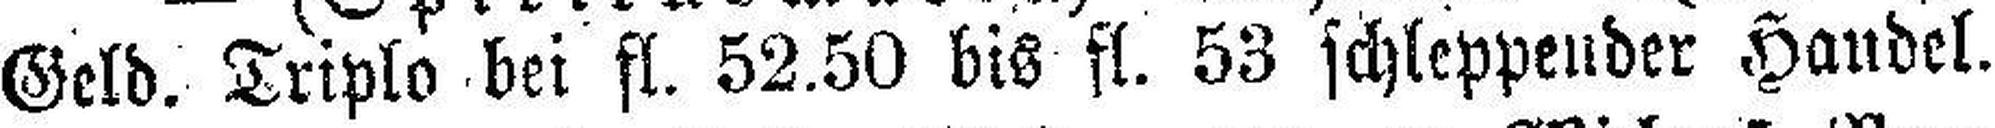
Geld. Triplo bei fl. 52.50 bis fl. 53 schleppender Handel.